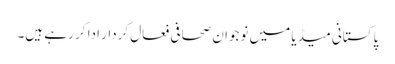
پاکستانی میڈیا میں نوجوان صحافی فعال کردار ادا کر رہے ہیں۔